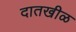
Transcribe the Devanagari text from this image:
दातखीळ